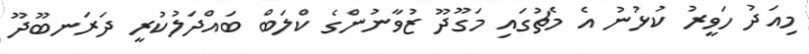
މިއަދު ހަވީރު ކުޅުނު އެ މެޗުގައި މަގޫދޫ ޒުވާނުންގެ ކްލަބް ބައްދަލުކުރީ ދަރަނބޫދޫ